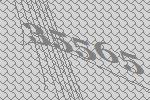
35565